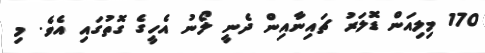
170 މިލިއަން ޑޮލަރު ޗައިނާއިން ދެނީ ލޯނު އެހީގެ ގޮތުގައި އެވެ. މި